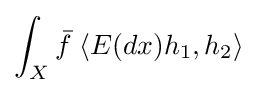
\int _{X}{\bar {f}}\;\langle E(dx)h_{1},h_{2}\rangle